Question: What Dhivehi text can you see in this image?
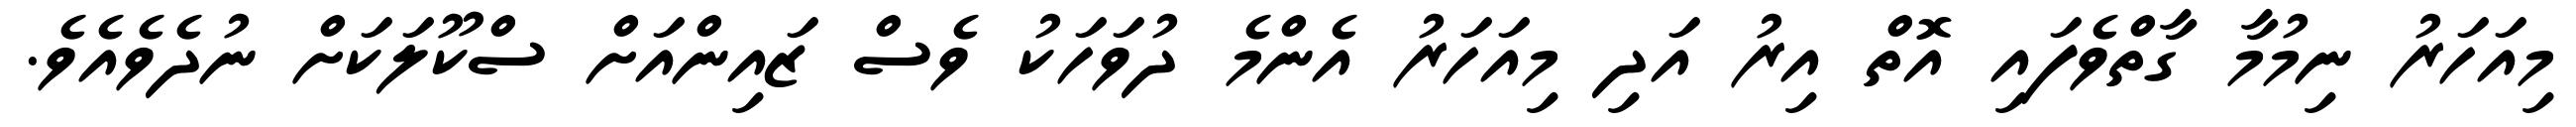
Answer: މިއަހަރު ނިމުމާ ގާތްވެފައި އޮތް އިރު އަދި މިއަހަރު އެންމެ ދުވަހަކު ވެސް ޒައިންއަށް ސްކޫލަކަށް ނުދެވެއެވެ.